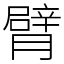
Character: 臂